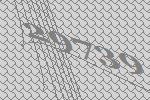
29739